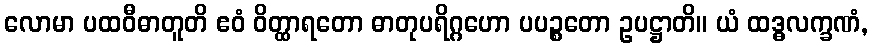
လောမာ ပထဝီဓာတူတိ ဧဝံ ဝိတ္ထာရတော ဓာတုပရိဂ္ဂဟော ပပဉ္စတော ဥပဋ္ဌာတိ။ ယံ ထဒ္ဓလက္ခဏံ,